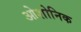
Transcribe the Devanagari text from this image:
ओशोनिक